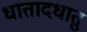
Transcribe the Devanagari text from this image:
धातादधातु